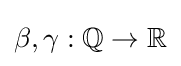
\beta ,\gamma :\mathbb {Q} \to \mathbb {R}